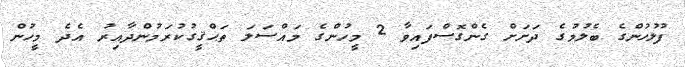
ފުލުހުންގެ ބެލުމުގެ ދަށަށް ގެންގޮސްފައިވާ 2 މީހުންގެ މައްސަލަ ތަޙްޤީގުކުރަމުންދާއިރު އެދެ މީހުން